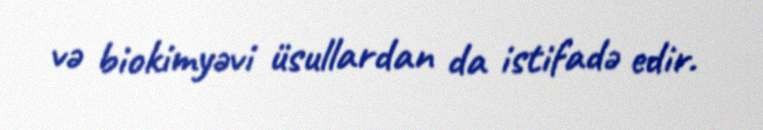
və biokimyəvi üsullardan da istifadə edir.